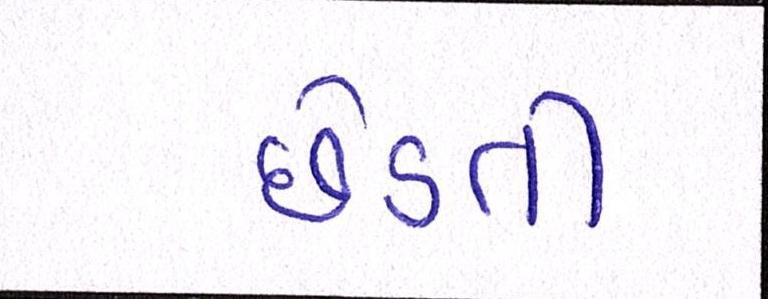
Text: છેડતી